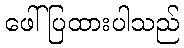
ဖေါ်ပြထားပါသည်